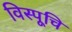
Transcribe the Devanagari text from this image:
विस्पूचि